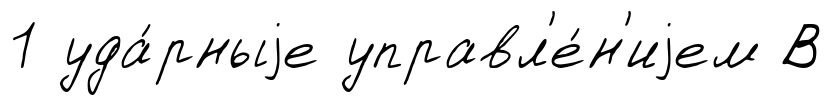
1 уда́рныjе управл'е́н'иjем В